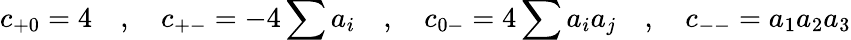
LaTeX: c_{+0}=4\quad,\quad c_{+-}=-4\sum a_{i}\quad,\quad c_{0-}=4\sum a_{i}a_{j}\quad,\quad c_{--}=a_{1}a_{2}a_{3}